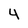
Character: 4